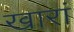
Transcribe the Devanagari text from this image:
खारां